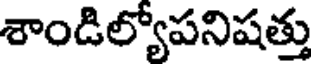
శాండిల్యోపనిషత్తు